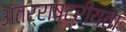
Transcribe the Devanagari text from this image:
अंतर्राष्ट्रीयता